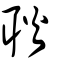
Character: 耿